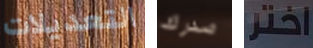
التعديلات صدرك اختر